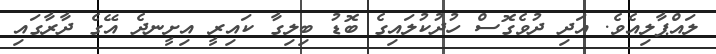
ލައްޕާލިއެވެ. އަދި ދުވެގޮސް ހުދުކުލައިގެ ބޮޑު ބިލިގާ ކައިރީ އިށީނދެ އޭގެ ދާރާގައި